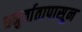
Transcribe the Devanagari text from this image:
धनुर्वातापासून